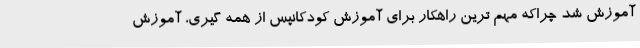
آموزش شد چراکه مهم ترین راهکار برای آموزش کودکانپس از همه گیری، آموزش